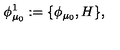
\phi _ { \mu _ { 0 } } ^ { 1 } : = \{ \phi _ { \mu _ { 0 } } , H \} ,